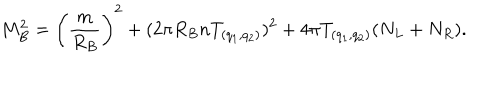
M _ { B } ^ { 2 } = \left( { \frac { m } { R _ { B } } } \right) ^ { 2 } + ( 2 \pi R _ { B } n T _ { ( q _ { 1 } , q _ { 2 } ) } ) ^ { 2 } + 4 \pi T _ { ( q _ { 1 } , q _ { 2 } ) } ( N _ { L } + N _ { R } ) .